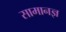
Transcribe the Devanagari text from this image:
सामानज्ञ